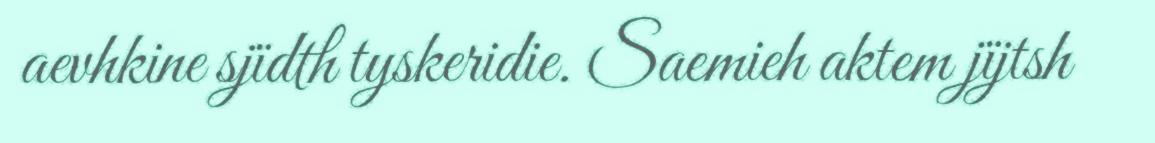
aevhkine sjïdth tyskeridie. Saemieh aktem jïjtsh